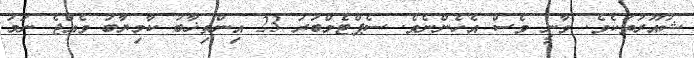
ޝުއޫރުތަކެވެ. ވާނީ ވެސް އެހެންނެވެ. ސެޕްޓެމްބަރު 23 އިންތިޚާބު ކާމިޔާބު ވެއްޖެ ނަމަ